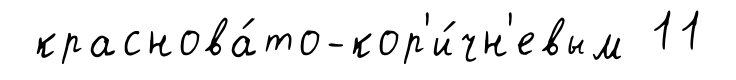
краснова́то-кор'и́чн'евым 11